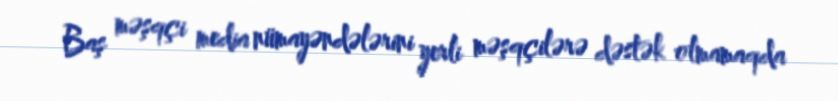
Baş məşqçi media nümayəndələrini yerli məşqçilərə dəstək olmamaqda